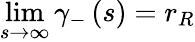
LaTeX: \operatorname*{lim}_{s\rightarrow\infty}\gamma_{-}\left(s\right)=r_{R}